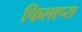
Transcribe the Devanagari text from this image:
फिलाप्स